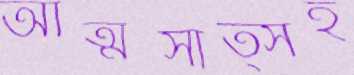
আত্মসাত্সহ